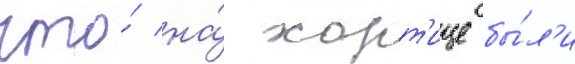
что́ на́ хорт'ице бы́л'и